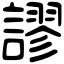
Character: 謬